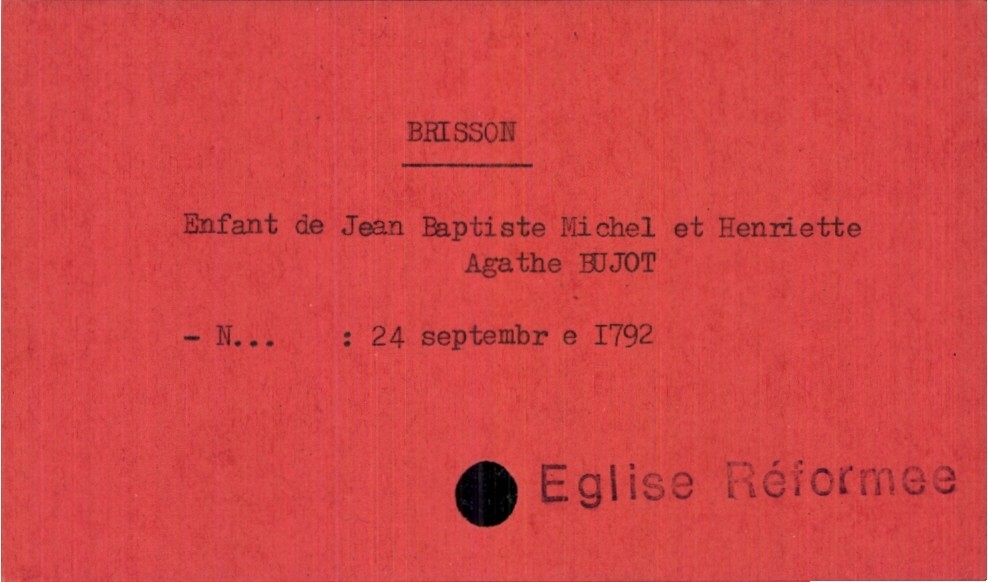
type_acte: Baptême
observations: Eglise Réformee
enfant_date_de_naissance: 24 septembre 1792
père_enfant_nom: Brisson
père_enfant_prénom: Jean Baptiste Michel
mère_enfant_nom: Bujot
mère_enfant_prénom: Henriette Agathe